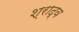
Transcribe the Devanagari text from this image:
श्राद्व